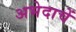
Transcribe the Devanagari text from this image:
अभेदाचें